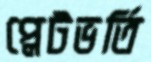
প্লেটভর্তি